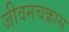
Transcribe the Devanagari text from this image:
जीवनचक्रास